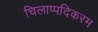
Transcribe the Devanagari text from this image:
चिलाप्पदिकरम